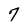
Character: 7